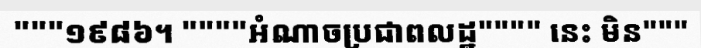
"""១៩៨៦។ """"អំណាចប្រជាពលដ្ឋ"""" នេះ មិន"""